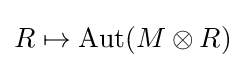
R\mapsto \operatorname {Aut} (M\otimes R)